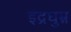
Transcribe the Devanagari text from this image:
इंद्रघुम्न